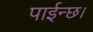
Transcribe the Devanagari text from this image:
पाईन्छ।